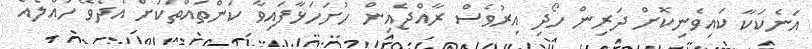
އަނެކަކާ ކައިވެނިކޮށް ދަރިން ހޯދި އިރުވެސް ރާއްޖެއިން ހުށަހަޅާފައިވާ ކަންތައްތަކަށް އެދެވޭ ހައްލެއް